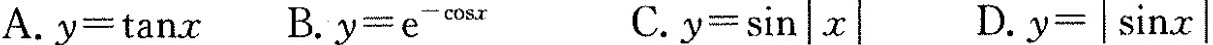
A.$$y=tanx$$ B.$$y=e^{-cosx}$$ C.$$y=sin|x|$$ D.$$y=|sinx|$$